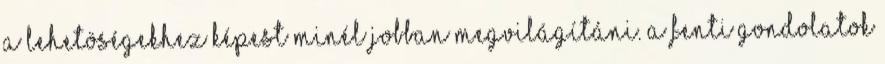
a lehetöségekhez képest minél jobban megvilágítáni. A fenti gondolatok